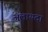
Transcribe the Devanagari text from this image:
अलायदा